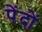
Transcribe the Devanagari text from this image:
पेंदों